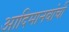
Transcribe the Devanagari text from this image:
आदिमानवांची